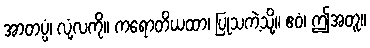
အာတပ္ပံ၊ လုံ့လကို။ ကရောတိယထာ၊ ပြုသကဲ့သို့။ ဧဝံ၊ ဤအတူ။